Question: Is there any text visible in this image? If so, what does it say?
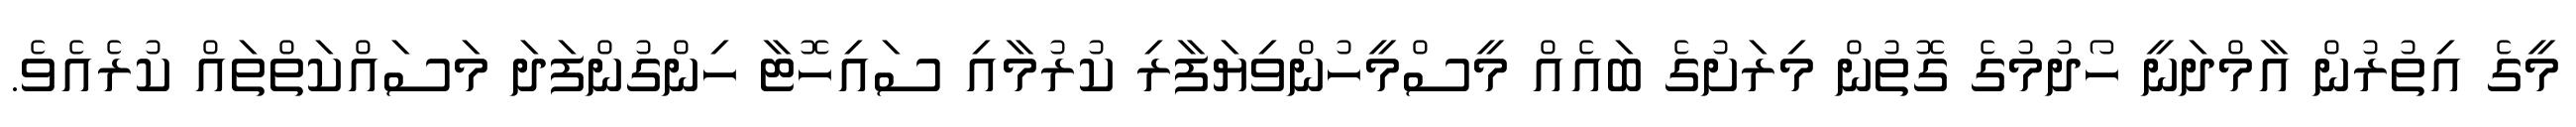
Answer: މީގެ އިތުރުން އާމްދަނީ ހޯދުމުގެ ގޮތުން މިރަށުގެ ބައެއް މީސްމީހުންވިޔަފާރި ކުރުމާއި ސައިހޮޓާ ހިންގުންފަދަ މަސައްކަތްތައް ކުރެއެވެ.